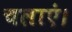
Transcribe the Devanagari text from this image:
चलाएं।